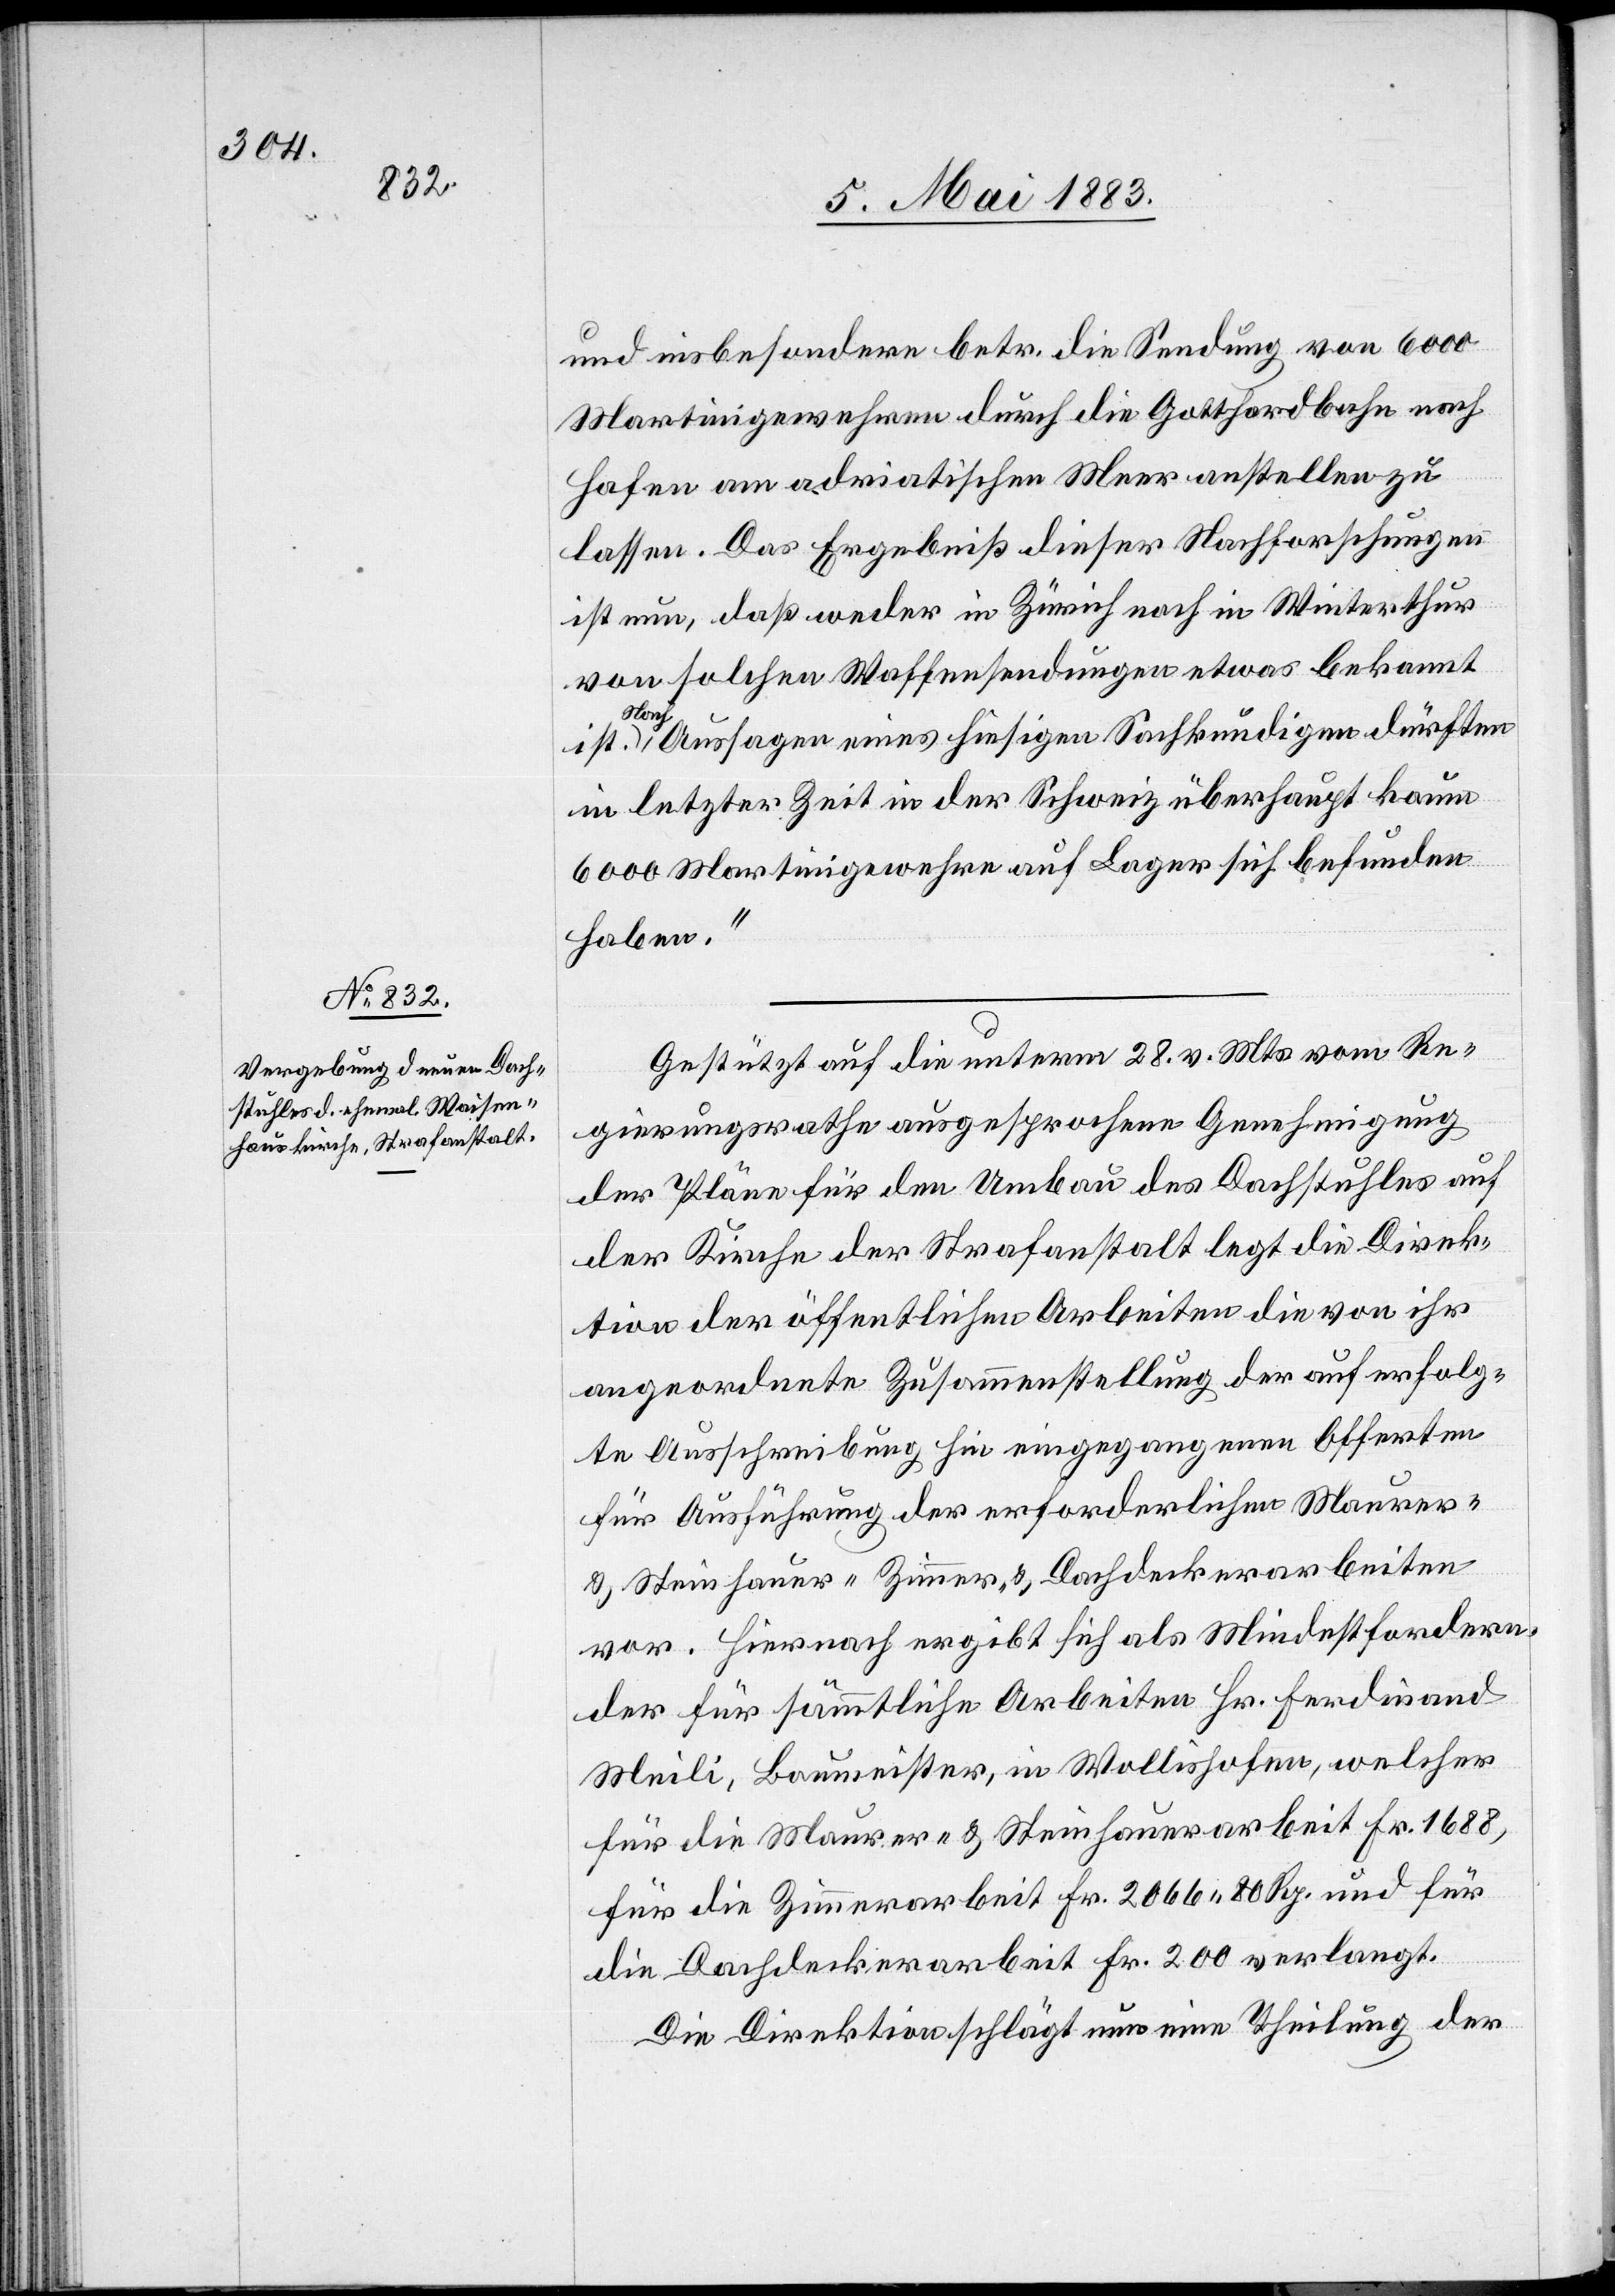
und insbesondere betr. die Sendung von 6000
Martinigewehren durch die Gotthardbahn nach
Hafen am adriatischen Meer anstellen zu
lassen. Das Ergebniß dieser Nachforschungen
ist nun, daß weder in Zürich nach Winterthur
von solchen Waffensendungen etwas bekannt
Nach
Aussagen eines hiesigen Sachkundigen dürften
in letzter Zeit in der Schweiz überhaupt kaum
6000 Martinigewehre auf Lager sich befunden
haben.“
Gestützt auf die unterm 28. v. Mts. vom Re¬
gierungsrathe ausgesprochene Genehmigung
der Pläne für den Umbau des Dachstuhles auf
der Kirche der Strafanstalt legt die Direk¬
tion der öffentlichen Arbeiten die von ihr
angeordnete Zusammenstellung der auf erfolg¬
te Ausschreibung hin eingegangenen Offerten
für Ausführung der erforderlichen Maurer
& Steinhauer-[,] Zimmer- & Dachdeckerarbeiten
vor. Hiernach ergibt sich als Mindestfordern¬
der für sämmtliche Arbeiten Hr. Ferdinand
Meili, Baumeister, in Wollishofen, welcher
für die Maurer- & Steinhauerarbeit Fr. 1688,
für die Zimmerarbeit Fr. 2066 80 Rp. und für
die Dachdeckerarbeit Fr. 200 verlangt.
Die Direktion schlägt nun eine Theilung der